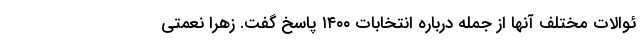
ئوالات مختلف آنها از جمله درباره انتخابات ۱۴۰۰ پاسخ گفت. زهرا نعمتی